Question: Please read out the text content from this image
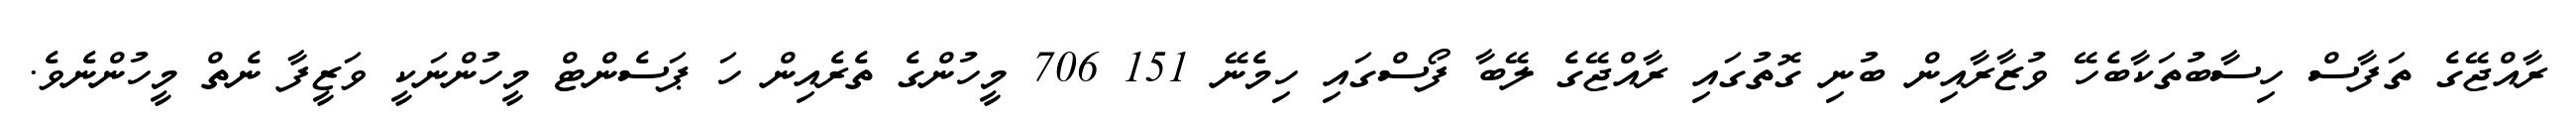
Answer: ރާއްޖޭގެ ތަފާސް ހިސާބުތަކާބެހޭ ވުޒާރާއިން ބުނި ގޮތުގައި ރާއްޖޭގެ ލޭބާ ފޯސްގައި ހިމެނޭ 151 706 މީހުންގެ ތެރެއިން ހަ ޕަސެންޓް މީހުންނަކީ ވަޒީފާ ނެތް މީހުންނެވެ.